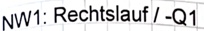
Text: NW1: Rechtslauf / -Q1